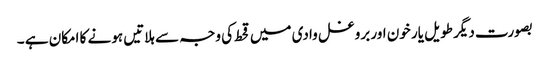
بصورت دیگر طویل یار خون اور بروغل وادی میں قحط کی وجہ سے ہلاتیں ہونے کا امکان ہے ۔